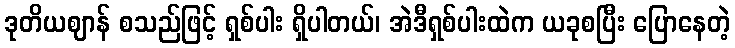
ဒုတိယဈာန် စသည်ဖြင့် ရှစ်ပါး ရှိပါတယ်၊ အဲဒီရှစ်ပါးထဲက ယခုစပြီး ပြောနေတဲ့